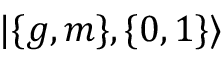
| \{ { g , m } \} , \{ 0 , 1 \} \rangle